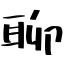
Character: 聊